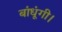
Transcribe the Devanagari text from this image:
बांधूंगी।